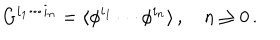
LaTeX: G ^ { i _ { 1 } \cdots i _ { n } } = \langle \phi ^ { i _ { 1 } } \cdots \phi ^ { i _ { n } } \rangle \, , \quad n \geq 0 \, .